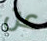
عن